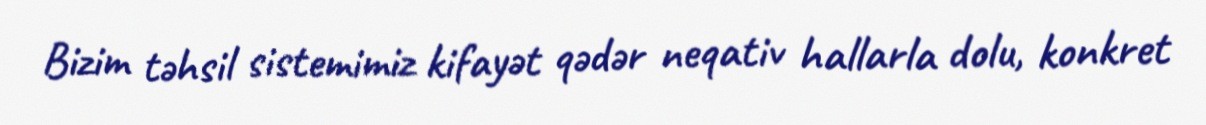
Bizim təhsil sistemimiz kifayət qədər neqativ hallarla dolu, konkret